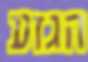
הגזע